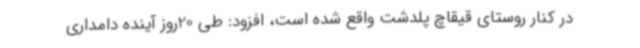
در کنار روستای قیقاچ پلدشت واقع شده است، افزود: طی 20روز آینده دامداری